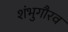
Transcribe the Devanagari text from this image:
शंभुगौरव